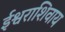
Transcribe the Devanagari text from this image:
ईश्वराशिवाय